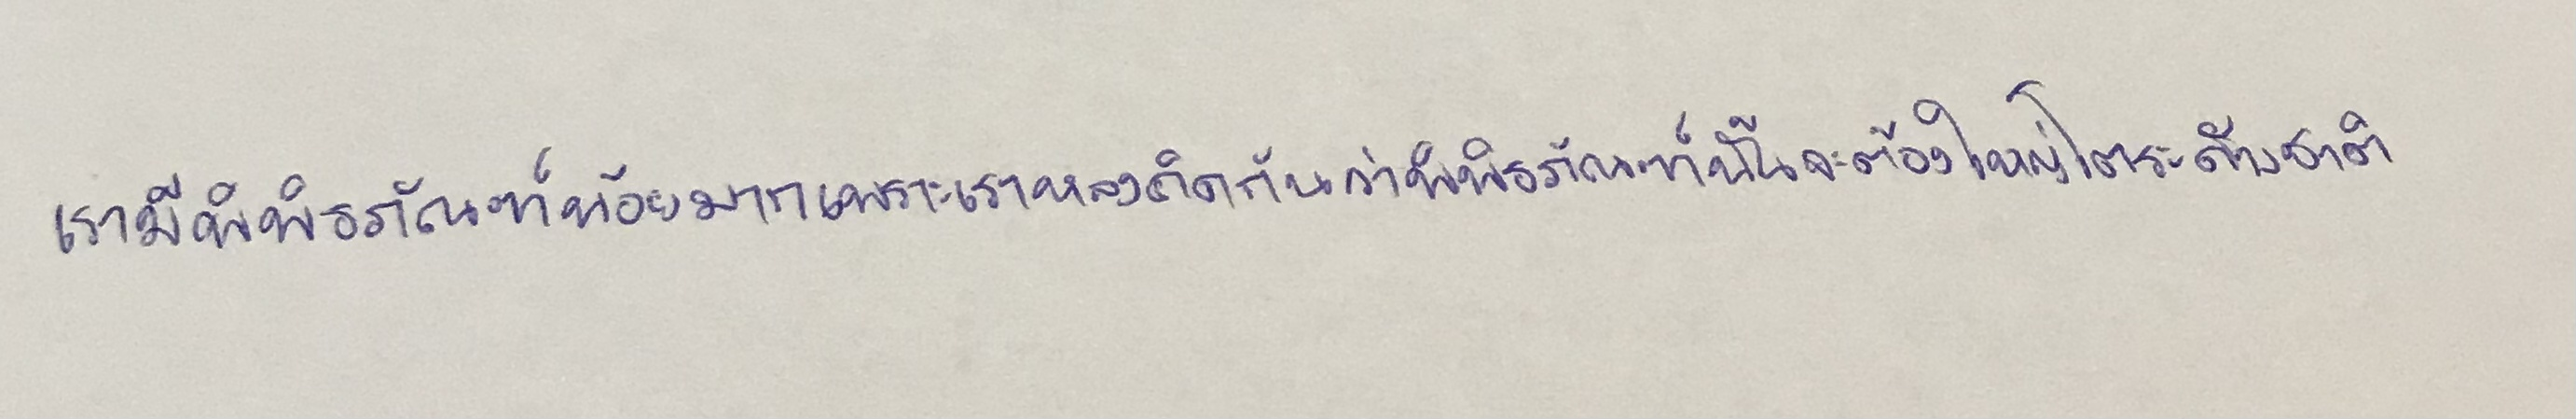
เรามีพิพิธภัณฑ์น้อยมากเพราะเราหลงคิดกันว่าพิพิธภัณฑ์นั้นจะต้องใหญ่โตระดับชาติ